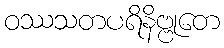
ဝဿသတပရိနိဗ္ဗုတေ